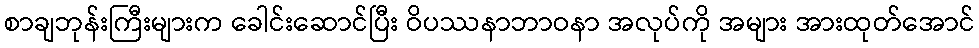
စာချဘုန်းကြီးများက ခေါင်းဆောင်ပြီး ဝိပဿနာဘာဝနာ အလုပ်ကို အများ အားထုတ်အောင်